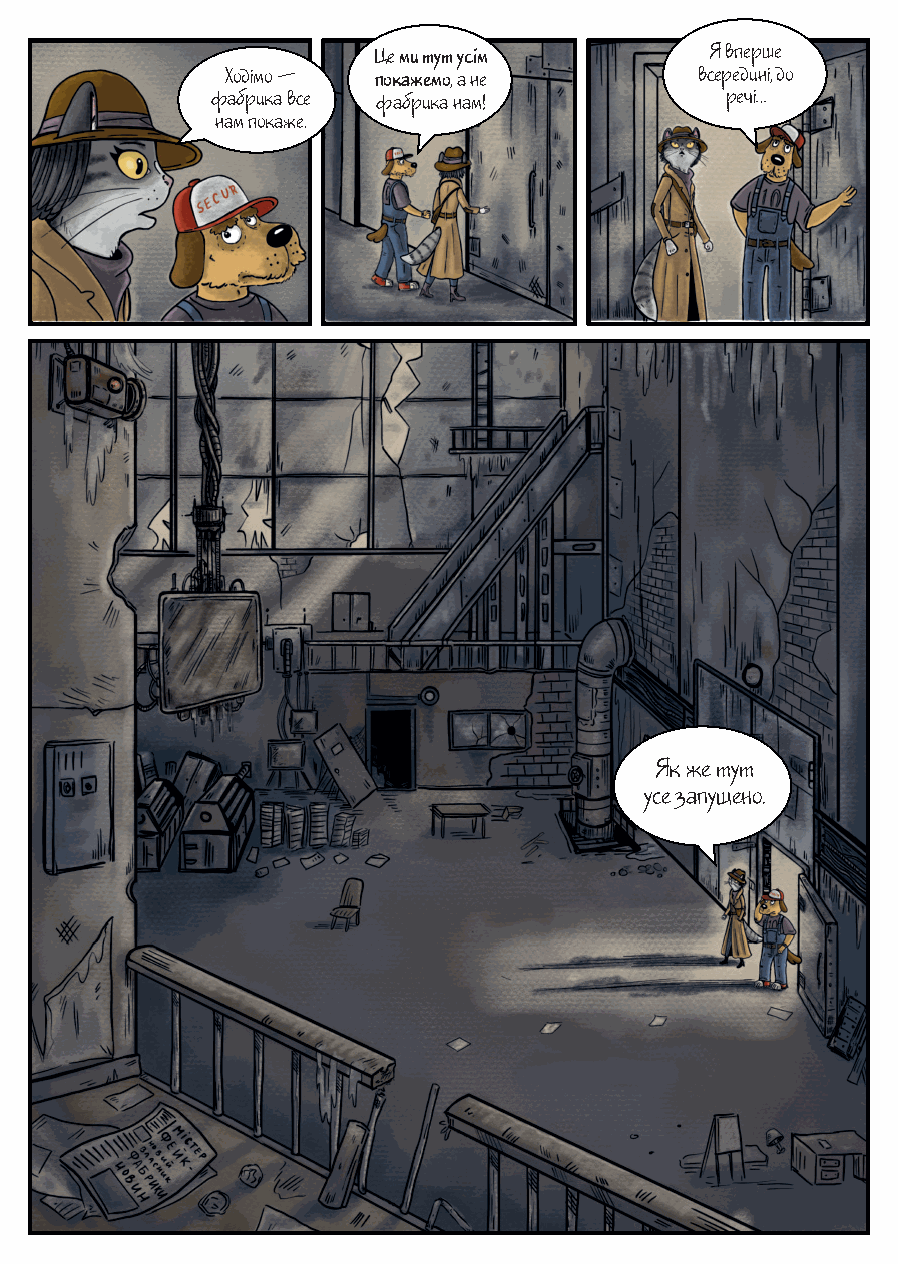
Це ми тут усім        Я вперше
 Ходімо —  покажемо, а не       всередині, до
 фабрика все фабрика нам!          речі…
 нам покаже.
 Як же тут
 усе запущено.